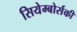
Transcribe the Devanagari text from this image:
सियेम्बोर्सकी